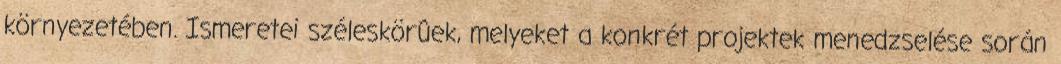
környezetében. Ismeretei széleskörûek, melyeket a konkrét projektek menedzselése során